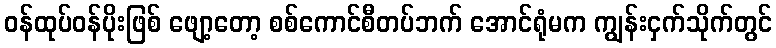
ဝန်ထုပ်ဝန်ပိုးဖြစ် ဖျော့တော့ စစ်ကောင်စီတပ်ဘက် အောင်ရုံမက ကျွန်းငှက်သိုက်တွင်